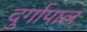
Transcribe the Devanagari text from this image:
दुर्गापाल